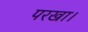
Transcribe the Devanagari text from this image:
परखा।